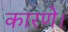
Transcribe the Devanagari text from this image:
कारणे।